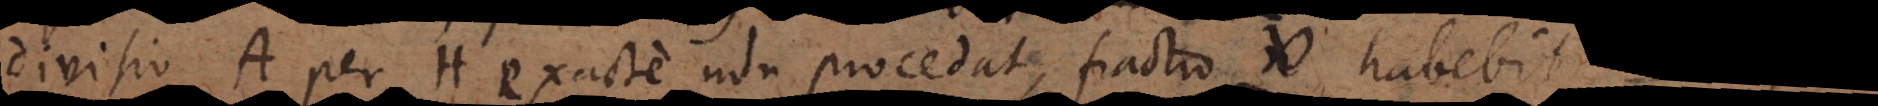
divisio A per H exacte non procedat, fractio habebit